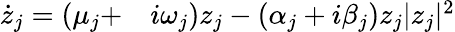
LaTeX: \begin{array}{rl}{\dot{z}_{j}=(\mu_{j}+}&{{}i\omega_{j})z_{j}-(\alpha_{j}+i\beta_{j})z_{j}|z_{j}|^{2}}\end{array}